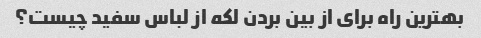
بهترین راه برای از بین بردن لکه از لباس سفید چیست؟